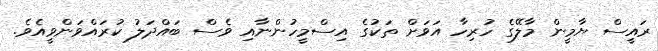
ރައީސް ޔާމީން މާލޭގެ ހުރިހާ އަވަށް ތަކުގެ އިސްމީހުންނާއި ވެސް ބައްދަލު ކުރައްވަންވީއެވެ.